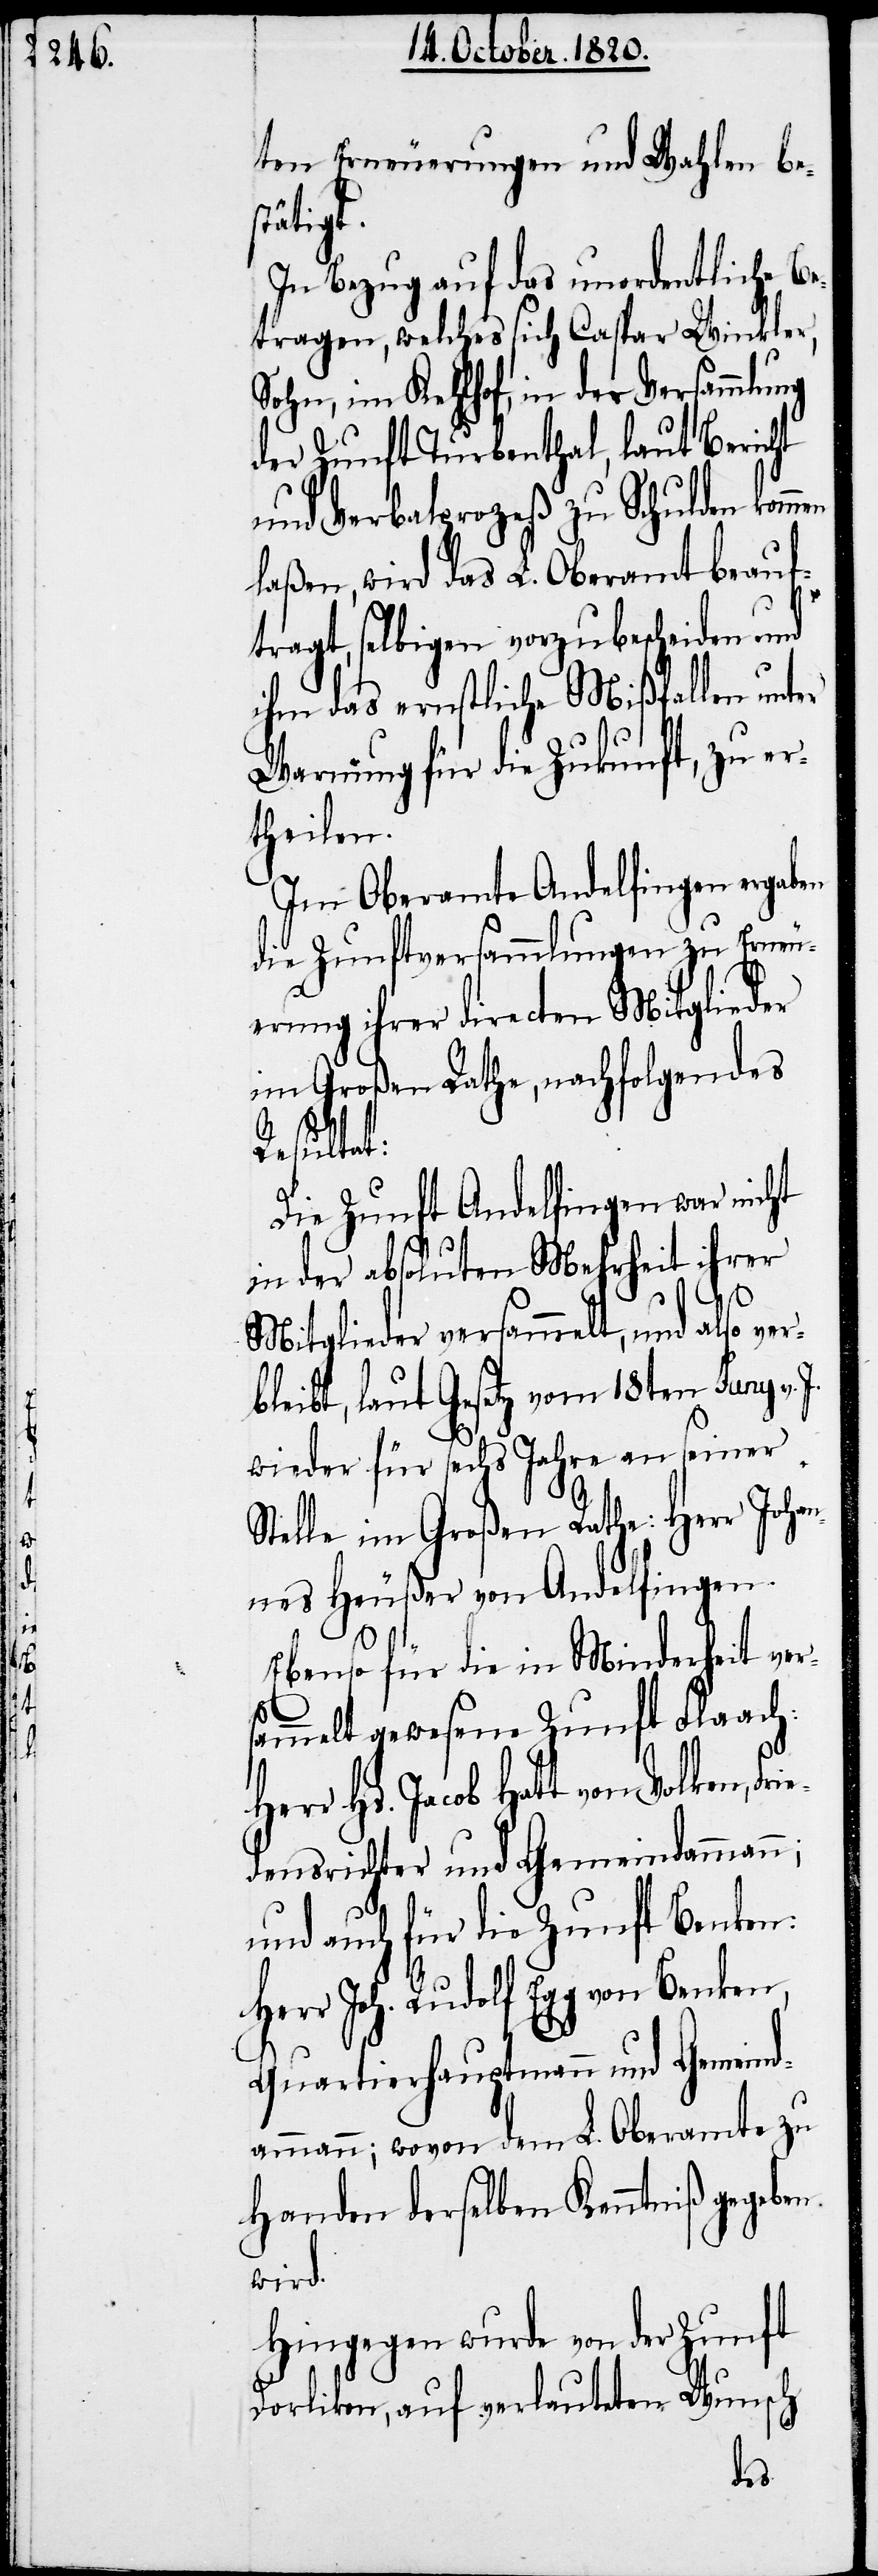
ten Erneuerungen und Wahlen be¬
stätigt.
In Bezug auf das unordentliche Be¬
tragen, welches sich Caspar Winkler,
Sohn, im Kehlhof, in der Versammlung
der Zunft Turbenthal, laut Bericht
und Verbalprozeß zu Schulden kom¬
laßen, wird das L. Oberamt beauf¬
tragt, selbigen vorzubescheiden und
ihm das ernstliche Mißfallen unter
Warnung für die Zukunft, zu er¬
theilen.
Im Oberamte Andelfingen ergaben
die Zunftversammlungen zu Erneu¬
erung ihrer directen Mitglieder
im Großen Rathe, nachfolgendes
Resultat:
Die Zunft Andelfingen war nicht
in der absoluten Mehrheit ihrer
Mitglieder versammelt, und also ve¬
rbleibt, laut Gesetz vom 18ten Juny v.
wieder für sechs Jahre an seiner
Stelle im Großen Rathe. Herr Johan¬
nes Heußer von Andelfingen.
Ebenso für die in Minderheit ver¬
sammelt gewesene Zunft Flaach:
Hs. Jacob Hatt von Volken,
densrichter und Gemeindammann;
und auch für die Zunft Benken:
Herr Joh. Rudolf Egg von Benken,
Quartierhauptmann und Gemeind¬
ammann; wovon dem L. Oberamte zu
Handen derselben Kenntniß gegeben
wird.
Hingegen wurde von der Zunft
Dorlikon, auf verlauteten Wunsch
men